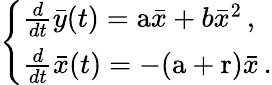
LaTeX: \left\{ \begin{array}{ll}{\frac{d}{dt}\bar{y}(t)=\mathrm{a}\bar{x}+b\bar{x}^{2}\, ,}\\ {\frac{d}{dt}\bar{x}(t)=-(\mathrm{a}+\mathrm{r})\bar{x}\, .}\end{array}\right.